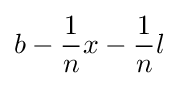
b-{\frac {1}{n}}x-{\frac {1}{n}}l